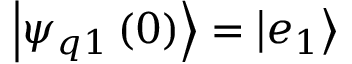
\left| \psi _ { q 1 } \left( 0 \right) \right\rangle = \left| e _ { 1 } \right\rangle